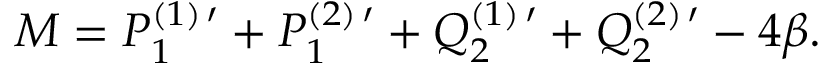
M = P _ { 1 } ^ { ( 1 ) \, \prime } + P _ { 1 } ^ { ( 2 ) \, \prime } + Q _ { 2 } ^ { ( 1 ) \, \prime } + Q _ { 2 } ^ { ( 2 ) \, \prime } - 4 \beta .